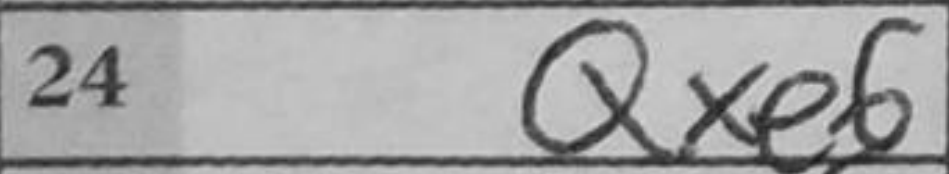
Transcription: Qxe6